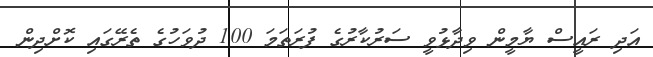
އަދި ރައީސް ޔާމީން ވިދާޅުވީ ސަރުކާރުގެ ފުރަތަމަ 100 ދުވަހުގެ ތެރޭގައި ކޮށްދިން